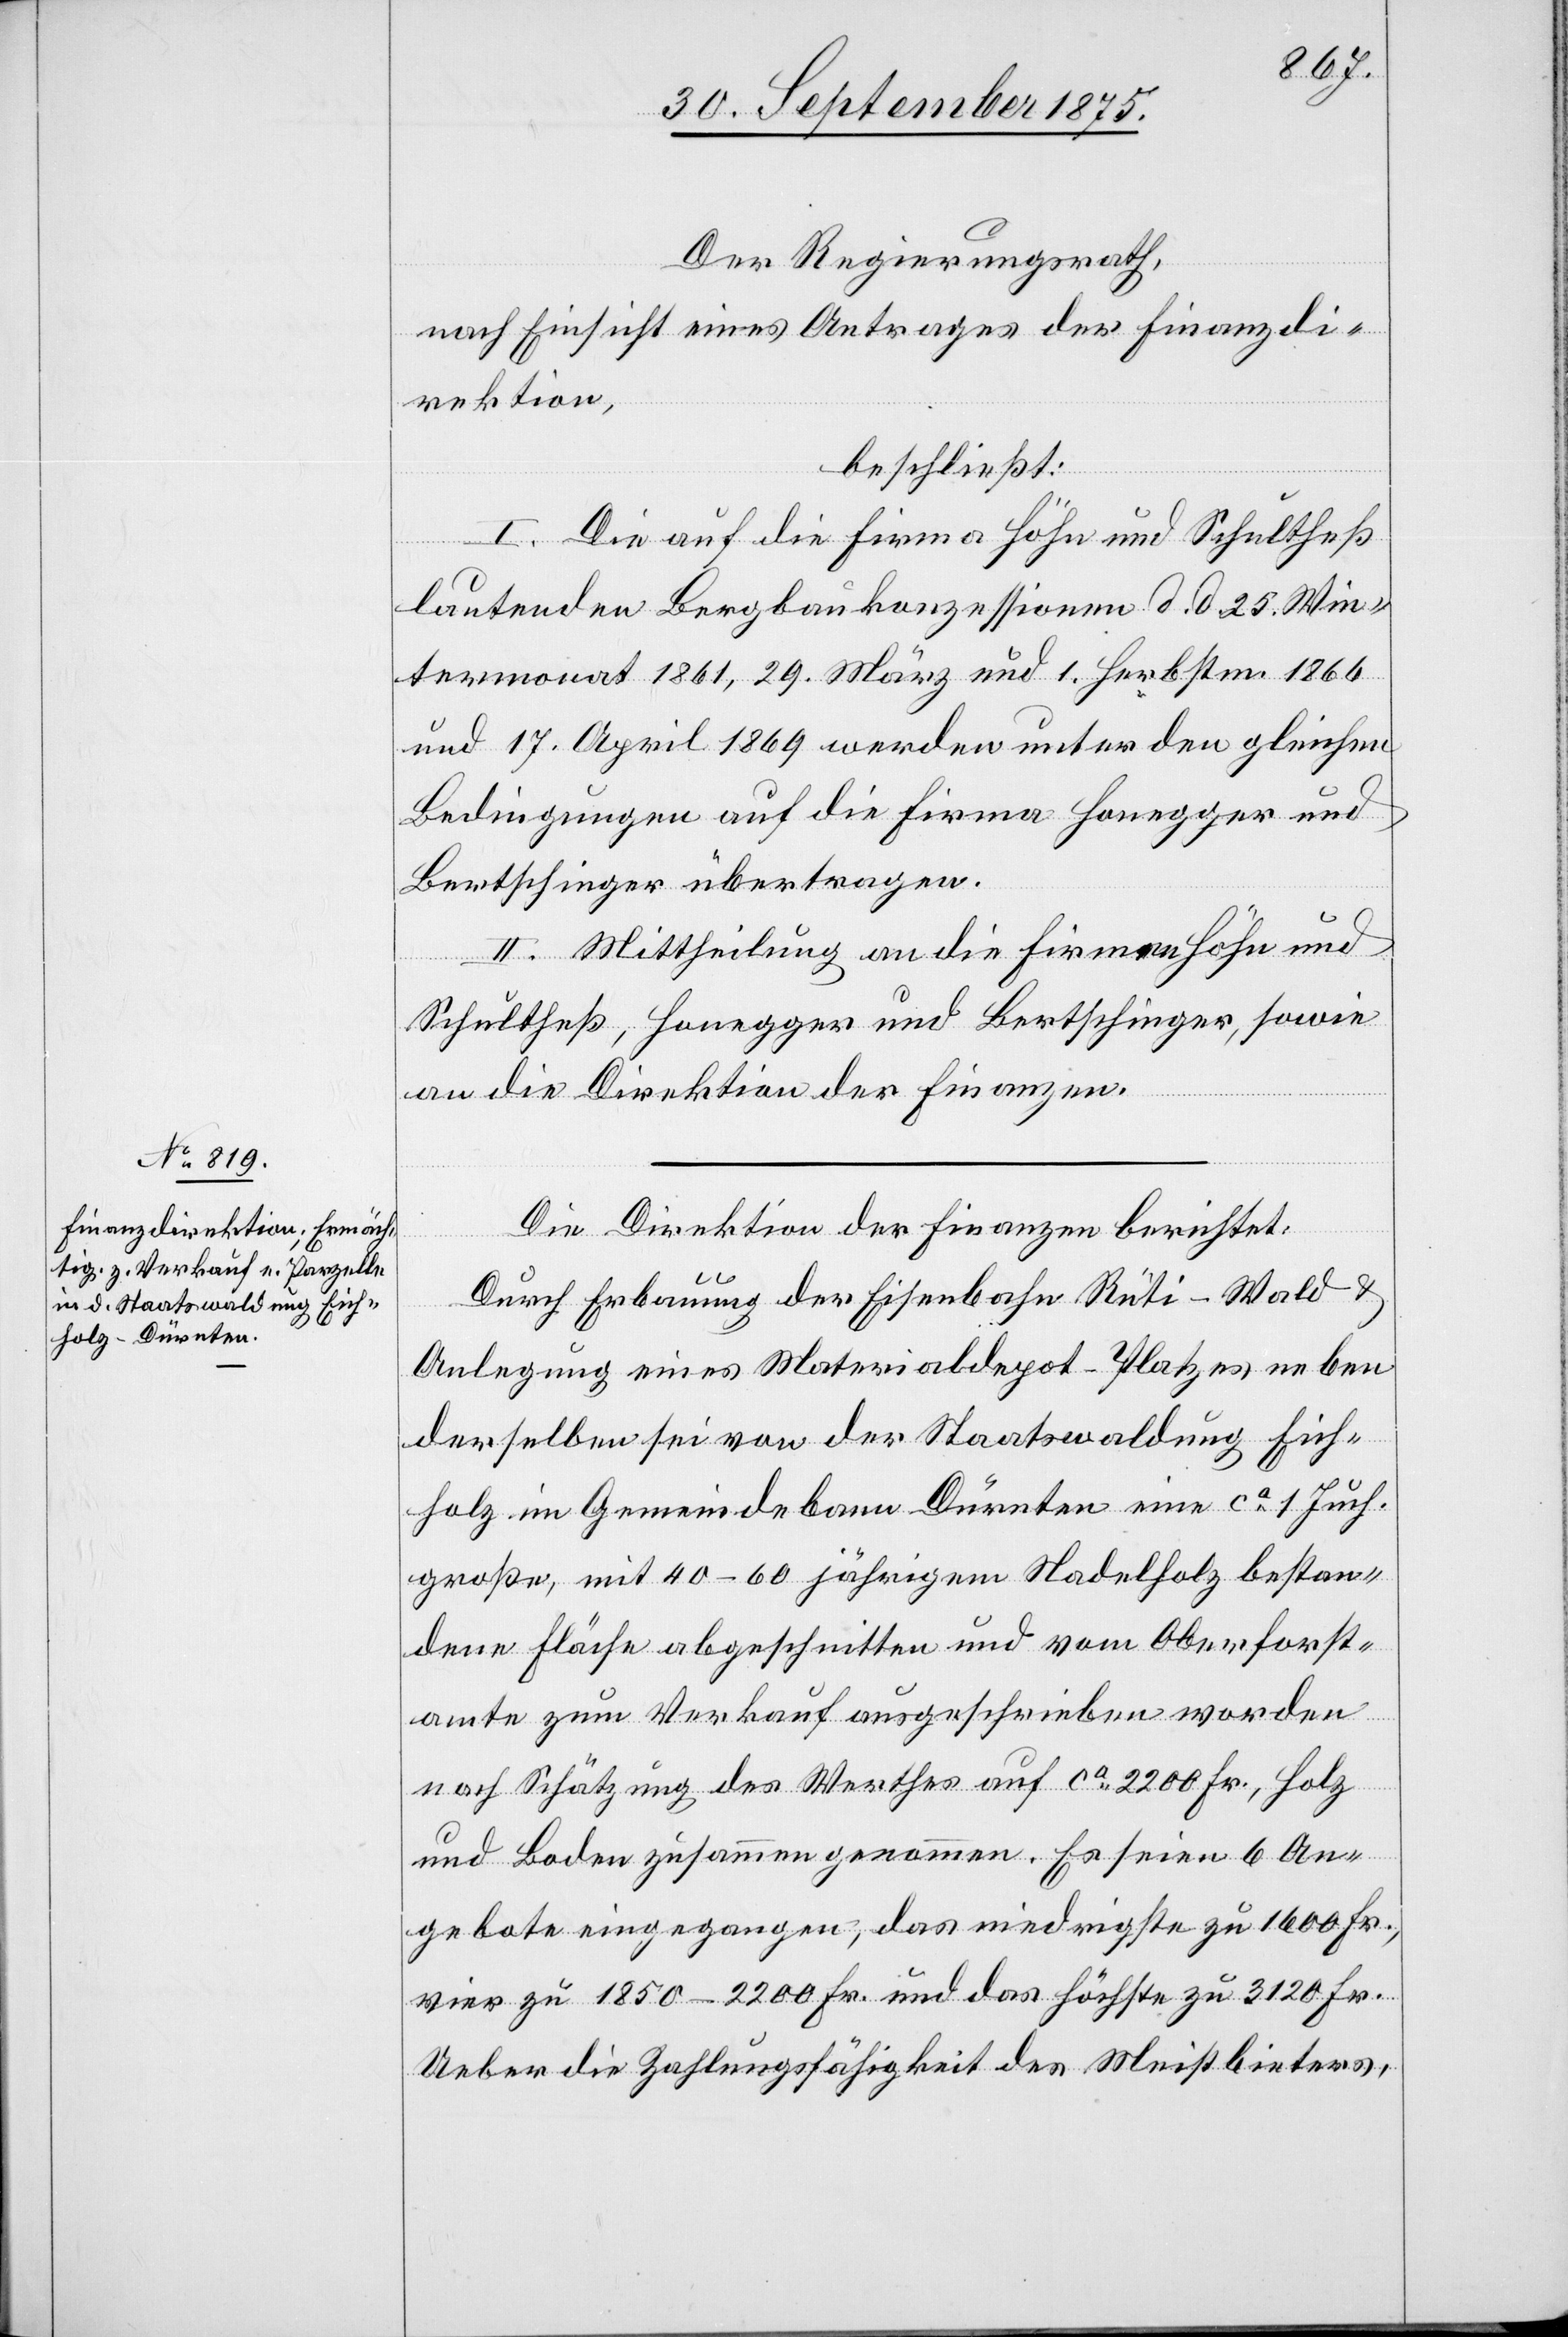
Der Regierungsrath,
nach Einsicht eines Antrages der Finanzdi¬
rektion,
beschließt:
I. Die auf die Firma Höhn und Schultheß
lautenden Bergbaukonzessionen d. d. 25. Win¬
termonat 1861, 29. März und 1. Herbstm. 1866
und 17. April 1869 werden unter den gleichen
Bedingungen auf die Firma Honegger und
Bertschinger übertragen.
II. Mittheilung an die Firmen Höhn und
Schultheß, Honegger und Bertschinger, sowie
an die Direktion der Finanzen.
Die Direktion der Finanzen berichtet:
Durch Erbauung der Eisenbahn Rüti–Wald &
Anlegung eines Materialdepot-Platzes neben
derselben sei von der Staatswaldung Eich¬
holz im Gemeindebann Dürnten eine ca 1. Juch.
große, mit 40–60 jährigem Nadelholz bestan¬
dene Fläche abgeschnitten und vom Oberforst¬
amte zum Verkauf ausgeschrieben worden
nach Schätzung des Werthes auf ca 2200Fr., Holz
und Boden zusammen genommen. Es seien 6 An¬
gebote eingegangen, das niedrigste zu 1600 Fr.,
vier zu 1850–2200 Fr. und das höchste zu 3120 Fr.
Ueber die Zahlungsfähigkeit des Meistbieters,